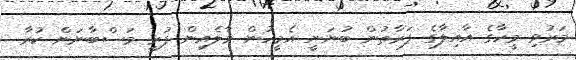
މަރުވި މީހާގެ އާއިލާގެ ފަރާތުން ބުނަނީ އެމީހުން މާލެއިން ފުރީ މަސްބާނަން ކުރާ